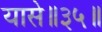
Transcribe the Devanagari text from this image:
यासे॥३५॥